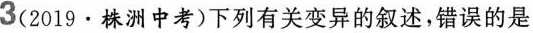
3(2019·株洲中考)下列有关变异的叙述，错误的是